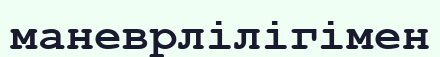
маневрлілігімен